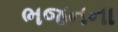
ભજનના